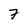
Character: 7